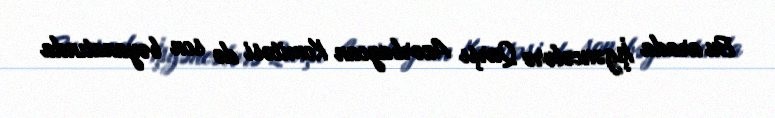
Bu arada İşgəncələrə Qarşı Azərbaycan Komitəsi də son bəyanatında